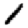
Digit: 1